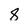
Character: 8